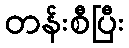
တန်းစီပြီး